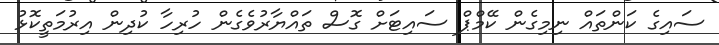
ސައިގެ ކަންތައް ނިމިގެން ކޭމްޕް ސައިޓަށް ގޮސް ތައްޔާރުވެގެން ހުރިހާ ކުދިން އިރުމަތީކޮޅު